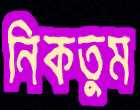
নিকতুম